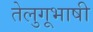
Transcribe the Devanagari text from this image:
तेलुगूभाषी